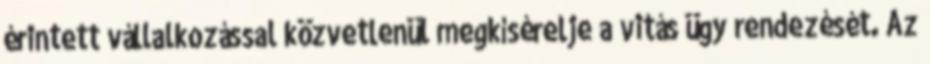
érintett vállalkozással közvetlenül megkísérelje a vitás ügy rendezését. Az